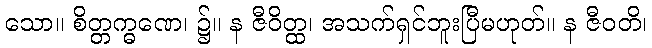
သော။ စိတ္တက္ဓဏေ၊ ၌။ န ဇီဝိတ္ထ၊ အသက်ရှင်ဘူးပြီမဟုတ်။ န ဇီဝတိ၊